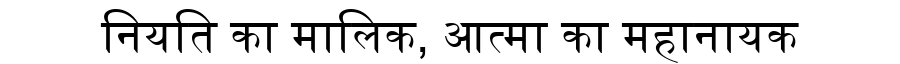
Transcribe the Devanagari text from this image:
नियति का मालिक, आत्मा का महानायक